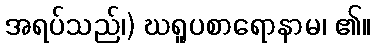
အရပ်သည်၊) ဃရူပစာရောနာမ၊ ၏။